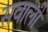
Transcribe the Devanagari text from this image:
सवाली